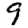
Digit: 9